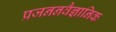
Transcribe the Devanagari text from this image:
प्रजननवैज्ञानिक